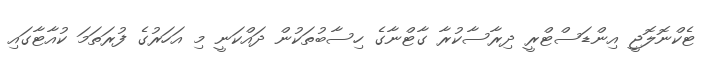
ޓެކްނޮލޮޖީ އިންޑަސްޓްރީ ދިރާސާކުރާ ގާޓްނާގެ ހިސާބުތަކުން ދައްކަނީ މި އަހަރުގެ ފުރަތަމަ ކުއާޓާގައި